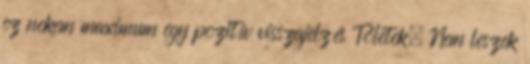
ez nekem maximum egy pozitív visszajelzés Tőletek. Nem leszek